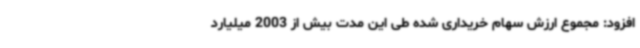
افزود: مجموع ارزش سهام خریداری ‌شده طی این مدت بیش از 2003 میلیارد